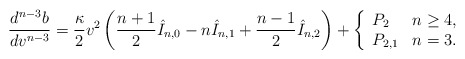
\begin{align*} \frac{d^{n-3}b}{dv^{n-3}}=\frac{\kappa}{2}v^2\left(\frac{n+1}{2}\hat{I}_{n,0}-n\hat{I}_{n,1}+\frac{n-1}{2}\hat{I}_{n,2}\right)+\left\{ \begin{array}{ll} P_2 & n\geq 4,\\ P_{2,1} & n =3. \end{array}\right.\end{align*}